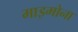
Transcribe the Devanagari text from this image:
माइमोना